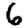
Digit: 6